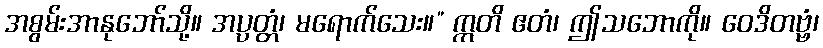
အစွမ်းအာနုဘော်သို့။ အပ္ပတ္တံ၊ မရောက်သေး။” ဣတိ ဧတံ၊ ဤသဘောကို။ ဝေဒိတဗ္ဗံ၊